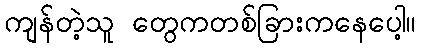
ကျန်တဲ့သူ တွေကတစ်ခြားကနေပေါ့။